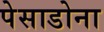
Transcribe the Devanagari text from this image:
पेसाडोना